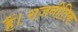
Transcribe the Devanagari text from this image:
हैं।राजनीतिक